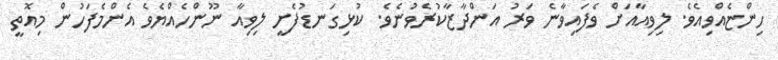
ހިންޏެއްވިއެވެ. ލިވިއާއަށް ވެފައިވާނެ ވަރު އަންދާޒާކުރެވުނެވެ. ކުޅިގަނޑުފެށީ ލިވިއާ ނޫންހެއްޔެވެ އެންމެފަހުން މިއޮތީ